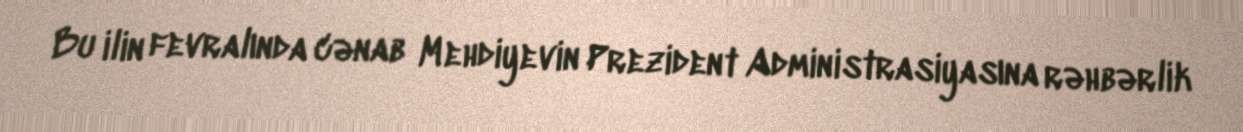
Bu ilin fevralında cənab Mehdiyevin Prezident Administrasiyasına rəhbərlik